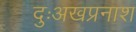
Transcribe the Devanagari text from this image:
दुःअखप्रनाश